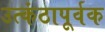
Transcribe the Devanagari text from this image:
उत्कंठापूर्वक